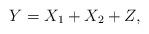
LaTeX: \begin{align*}Y=X_1+X_2 +Z,\end{align*}